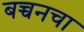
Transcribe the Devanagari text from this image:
बच्चनचा